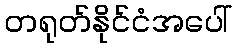
တရုတ်နိုင်ငံအပေါ်